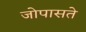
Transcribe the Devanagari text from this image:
जोपासते